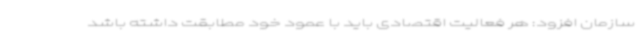
سازمان افزود: هر فعالیت اقتصادی باید با عمود خود مطابقت داشته باشد